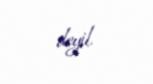
deyil.